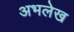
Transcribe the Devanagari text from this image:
अभलेख